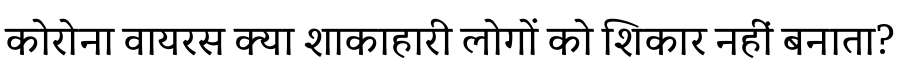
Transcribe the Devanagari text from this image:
कोरोना वायरस क्या शाकाहारी लोगों को शिकार नहीं बनाता?